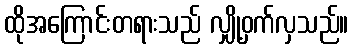
ထိုအကြောင်းတရားသည် လျှို့ဝှက်လှသည်။